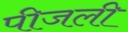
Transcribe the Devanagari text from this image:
पीजली